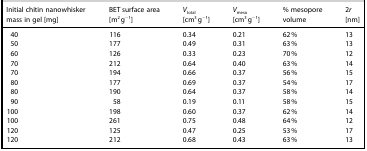
<table><thead><tr><td><b>Initial chitin nanowhisker mass in gel [mg]</b></td><td><b>BET surface area [m<sup>2</sup> g<sup>−1</sup>]</b></td><td><b><i>V</i><sub>total</sub> [cm<sup>3</sup> g<sup>−1</sup>]</b></td><td><b><i>V</i><sub>meso</sub> [cm<sup>3</sup> g<sup>−1</sup>]</b></td><td><b>% mesopore volume</b></td><td><b>2<i>r</i> [nm]</b></td></tr></thead><tbody><tr><td>40</td><td>116</td><td>0.34</td><td>0.21</td><td>62 %</td><td>13</td></tr><tr><td>50</td><td>177</td><td>0.49</td><td>0.31</td><td>63 %</td><td>13</td></tr><tr><td>60</td><td>126</td><td>0.33</td><td>0.23</td><td>70 %</td><td>12</td></tr><tr><td>70</td><td>212</td><td>0.64</td><td>0.40</td><td>63 %</td><td>14</td></tr><tr><td>70</td><td>194</td><td>0.66</td><td>0.37</td><td>56 %</td><td>15</td></tr><tr><td>80</td><td>177</td><td>0.69</td><td>0.37</td><td>54 %</td><td>17</td></tr><tr><td>80</td><td>190</td><td>0.64</td><td>0.37</td><td>58 %</td><td>14</td></tr><tr><td>90</td><td>58</td><td>0.19</td><td>0.11</td><td>58 %</td><td>15</td></tr><tr><td>100</td><td>198</td><td>0.60</td><td>0.37</td><td>62 %</td><td>14</td></tr><tr><td>100</td><td>261</td><td>0.75</td><td>0.48</td><td>64 %</td><td>12</td></tr><tr><td>120</td><td>125</td><td>0.47</td><td>0.25</td><td>53 %</td><td>17</td></tr><tr><td>120</td><td>212</td><td>0.68</td><td>0.43</td><td>63 %</td><td>13</td></tr></tbody></table>